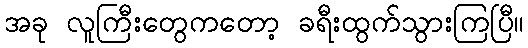
အခု လူကြီးတွေကတော့ ခရီးထွက်သွားကြပြီ။